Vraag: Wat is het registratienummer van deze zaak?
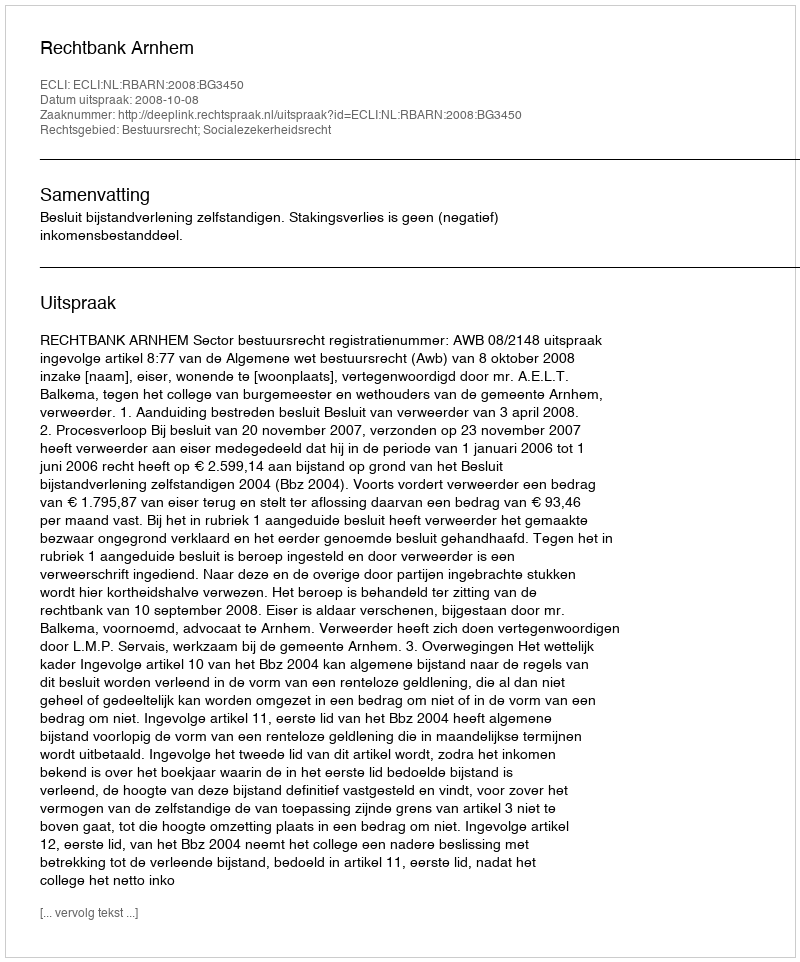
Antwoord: http://deeplink.rechtspraak.nl/uitspraak?id=ECLI:NL:RBARN:2008:BG3450